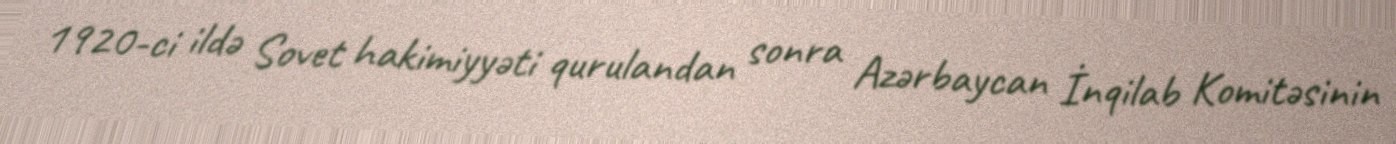
1920-ci ildə Sovet hakimiyyəti qurulandan sonra Azərbaycan İnqilab Komitəsinin